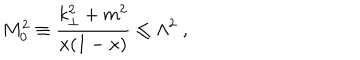
M _ { 0 } ^ { 2 } \equiv \frac { k _ { \perp } ^ { 2 } + m ^ { 2 } } { x ( 1 - x ) } \le \Lambda ^ { 2 } \; ,